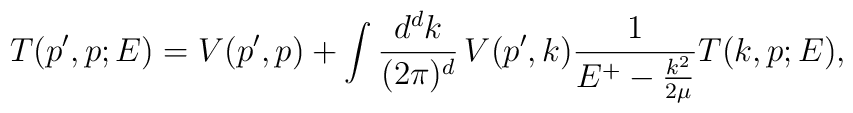
T(p',p;E)=V(p',p) + \int \frac{d^dk}{(2 \pi)^d} \, V(p',k) \frac{1}{E^+ - \frac{k^2}{2 \mu}} T(k,p;E),